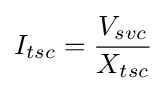
I_{tsc}={V_{svc} \over {X_{tsc}}}